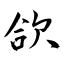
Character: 欱